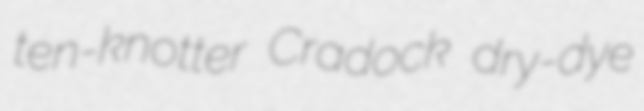
ten-knotter Cradock dry-dye